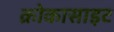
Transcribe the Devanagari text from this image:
क्रोकासाइट